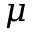
\mu